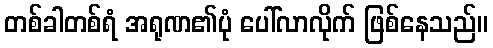
တစ်ခါတစ်ရံ အရုဏ၏ပုံ ပေါ်လာလိုက် ဖြစ်နေသည်။